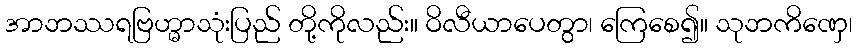
အာဘဿရဗြဟ္မာသုံးပြည် တို့ကိုလည်း။ ဝိလီယာပေတွာ၊ ကြေစေ၍။ သုဘကိဏှေ၊